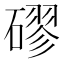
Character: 磟